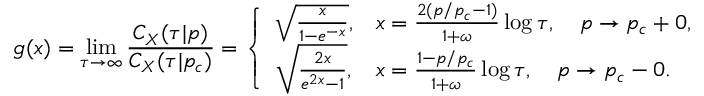
g ( x ) = \operatorname* { l i m } _ { \tau \rightarrow \infty } \frac { C _ { X } ( \tau | p ) } { C _ { X } ( \tau | p _ { c } ) } = \left\{ \begin{array} { l l } { \sqrt { \frac { x } { 1 - e ^ { - x } } } , } & { x = \frac { 2 ( p / p _ { c } - 1 ) } { 1 + \omega } \log \tau , \quad p \rightarrow p _ { c } + 0 , } \\ { \sqrt { \frac { 2 x } { e ^ { 2 x } - 1 } } , } & { x = \frac { 1 - p / p _ { c } } { 1 + \omega } \log \tau , \quad p \rightarrow p _ { c } - 0 . } \end{array} \right.